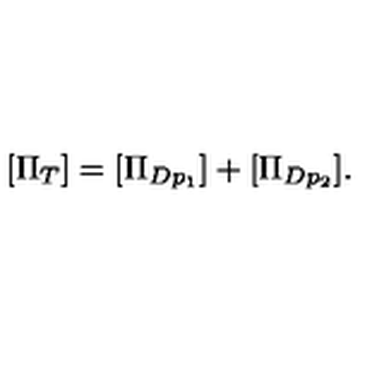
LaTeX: [ \Pi _ { T } ] = [ \Pi _ { D p _ { 1 } } ] + [ \Pi _ { D p _ { 2 } } ] .